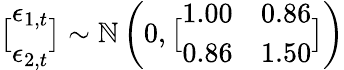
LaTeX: \displaystyle\bigl[\begin{array}{l}{\epsilon_{1,t}}\\ {\epsilon_{2,t}}\end{array}\bigr]\sim\mathbb{N}\left(0,\bigl[\begin{array}{ll}{1.00}&{0.86}\\ {0.86}&{1.50}\end{array}\bigr]\right)